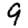
Digit: 9